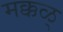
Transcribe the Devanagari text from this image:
मक्कळ्